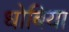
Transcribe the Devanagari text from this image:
धोबिया